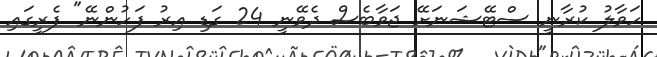
ހަވާލު ކުރާނީ ސްޓޭޝަނަށޭ ޖަވާބެސް ދެވޭނީ 24 ގަޑި އިރު ފަހުންނޭ" ފެރީގައި